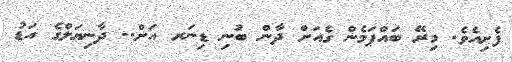
ފެށިއެވެ. މިރޭ ބައްޕަމެން ގެއަށް ދާން ބުނި ޑިނަރ އަށް.. ދާނިޔަލްގެ އަޑު